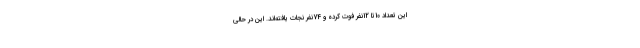
این تعداد 10تا 12نفر فوت کرده و 74نفر نجات یافته‌اند. این در حالی